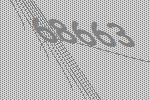
68663